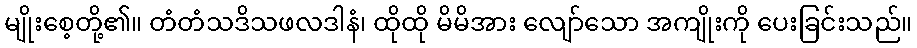
မျိုးစေ့တို့၏။ တံတံသဒိသဖလဒါနံ၊ ထိုထို မိမိအား လျော်သော အကျိုးကို ပေးခြင်းသည်။